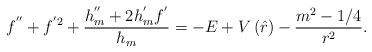
LaTeX: \begin{align*}f^{^{\prime \prime }}+f^{^{\prime }2}+\frac{h_{m}^{^{\prime \prime}}+2h_{m}^{^{\prime }}f^{^{\prime }}}{h_{m}}=-E+V\left( \hat{r}\right) -\frac{m^{2}-1/4}{r^{2}}. \end{align*}